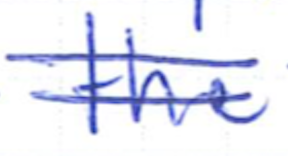
Text: the
Cross-out: double-line
Writing tool: ballpoint